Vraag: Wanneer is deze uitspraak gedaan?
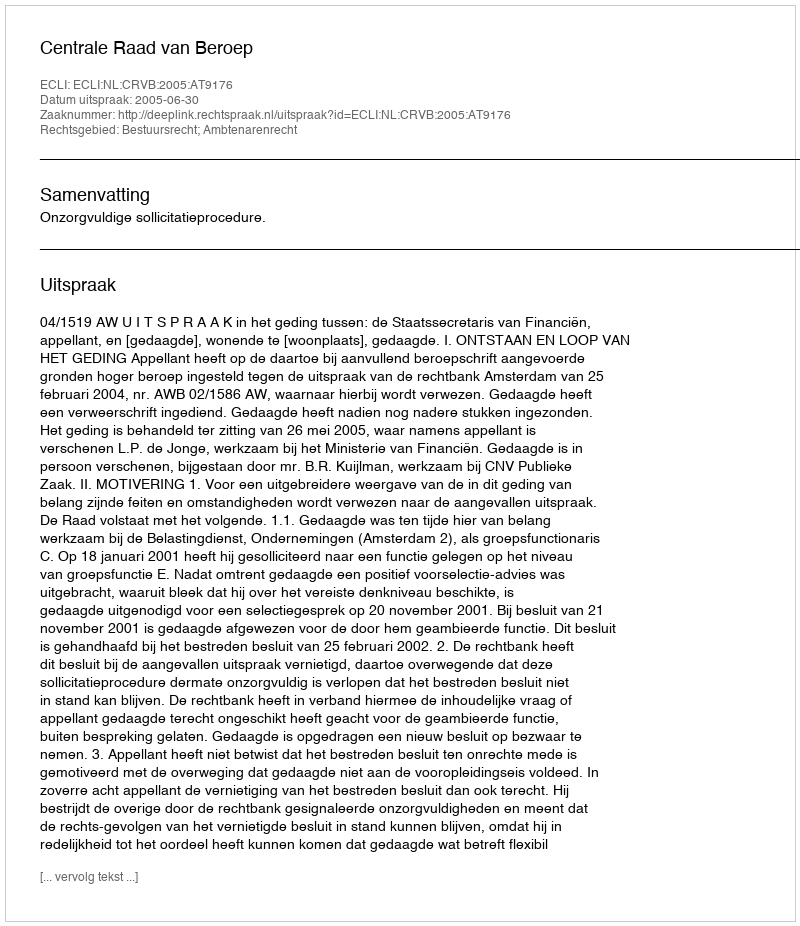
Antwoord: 2005-06-30